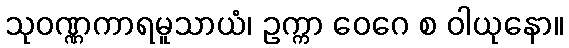
သုဝဏ္ဏကာရမူသာယံ၊ ဥက္ကာ ဝေဂေ စ ဝါယုနော။